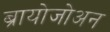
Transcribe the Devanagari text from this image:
ब्रायोजोअन